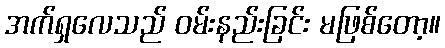
အက်ရှလေသည် ဝမ်းနည်းခြင်း မဖြစ်တော့။